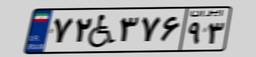
۷۲W۳۷۶۹۳